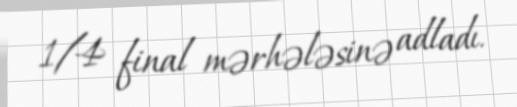
1/4 final mərhələsinə adladı.